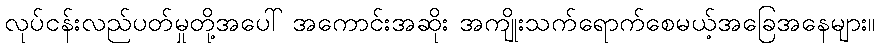
လုပ်ငန်းလည်ပတ်မှုတို့အပေါ် အကောင်းအဆိုး အကျိုးသက်ရောက်စေမယ့်အခြေအနေများ။